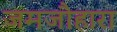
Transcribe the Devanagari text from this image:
जमजौहारा